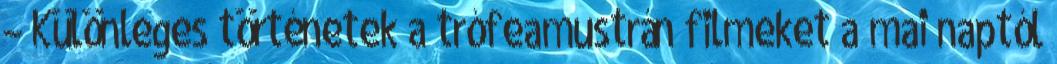
– Különleges történetek a trófeamustrán filmeket a mai naptól